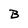
Character: B